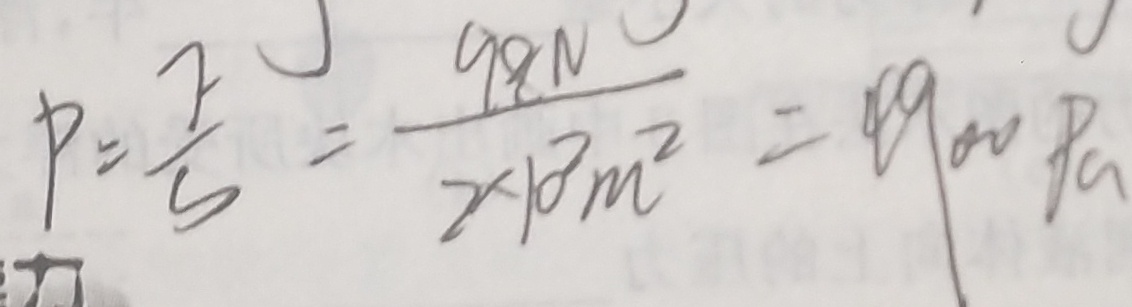
P = \frac { F } { S } = \frac { 9 8 N } { 2 \times 1 0 ^ { 2 } m ^ { 2 } } = 4 9 0 0 P a